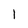
Character: I